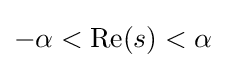
-\alpha <\operatorname {Re} (s)<\alpha